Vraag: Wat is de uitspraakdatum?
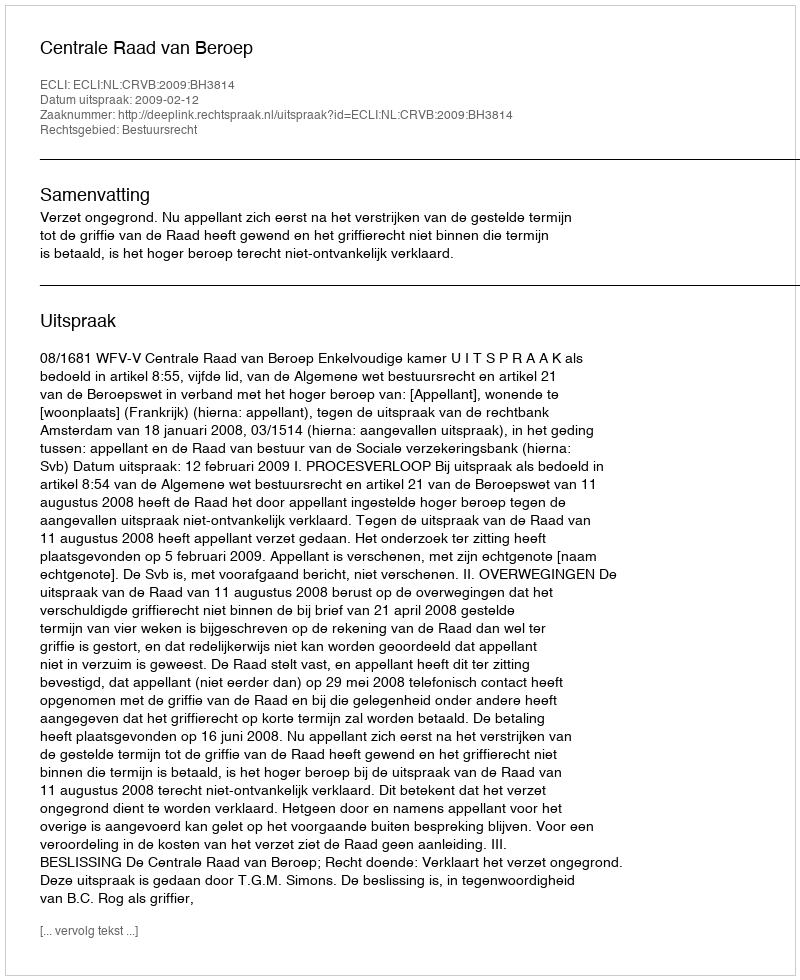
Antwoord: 2009-02-12